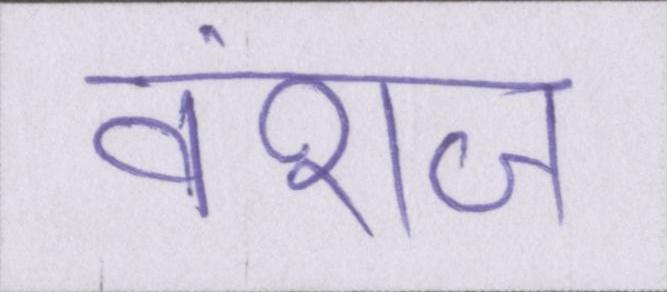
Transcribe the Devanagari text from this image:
वंशज